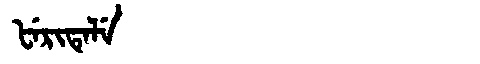
Manchu: ᡶᡝᡵᡳᡨᡝᠯᡝ
Romanization: FERITELE